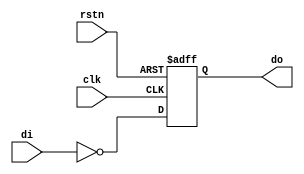
module inverter(
    input               clk,
    input               rstn,   // low active
    input       [15:0]  di,     // data input
    output reg  [15:0]  do      // data output
);

always @(posedge clk or negedge rstn) begin
    if (!rstn)  do <= 16'b0;
    else        do <= ~di;
end

endmodule